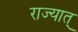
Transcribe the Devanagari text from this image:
राज्यात्